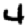
Digit: 4